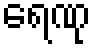
ရေဏု